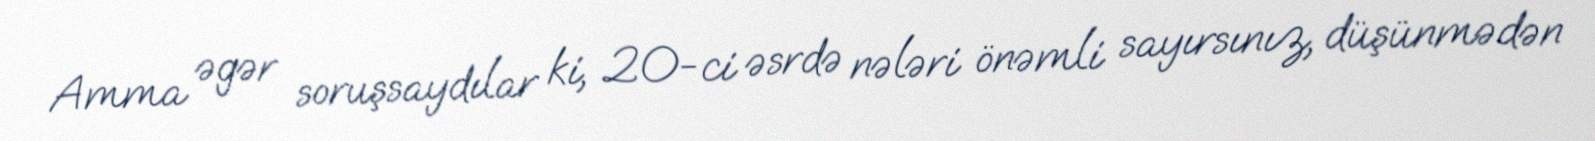
Amma əgər soruşsaydılar ki, 20-ci əsrdə nələri önəmli sayırsınız, düşünmədən